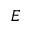
\boldsymbol { E }